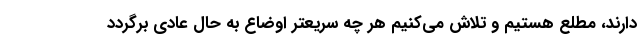
دارند، مطلع هستیم و تلاش می‌کنیم هر چه سریعتر اوضاع به حال عادی برگردد